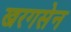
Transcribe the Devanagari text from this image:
खरगसेन